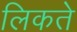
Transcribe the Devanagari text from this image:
लिकते